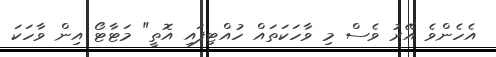
އެހެންވެ އޭރު ވެސް މި ވާހަކަތައް ހުއްޓިފައި އޮތީ" މަޓާޓޯ އިން ވާހަކަ